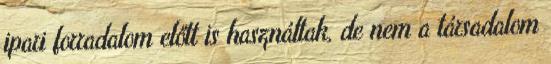
ipari forradalom előtt is használtak, de nem a társadalom